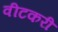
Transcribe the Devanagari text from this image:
वीटकरी